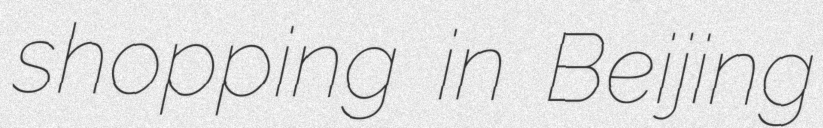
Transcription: shopping in Beijing